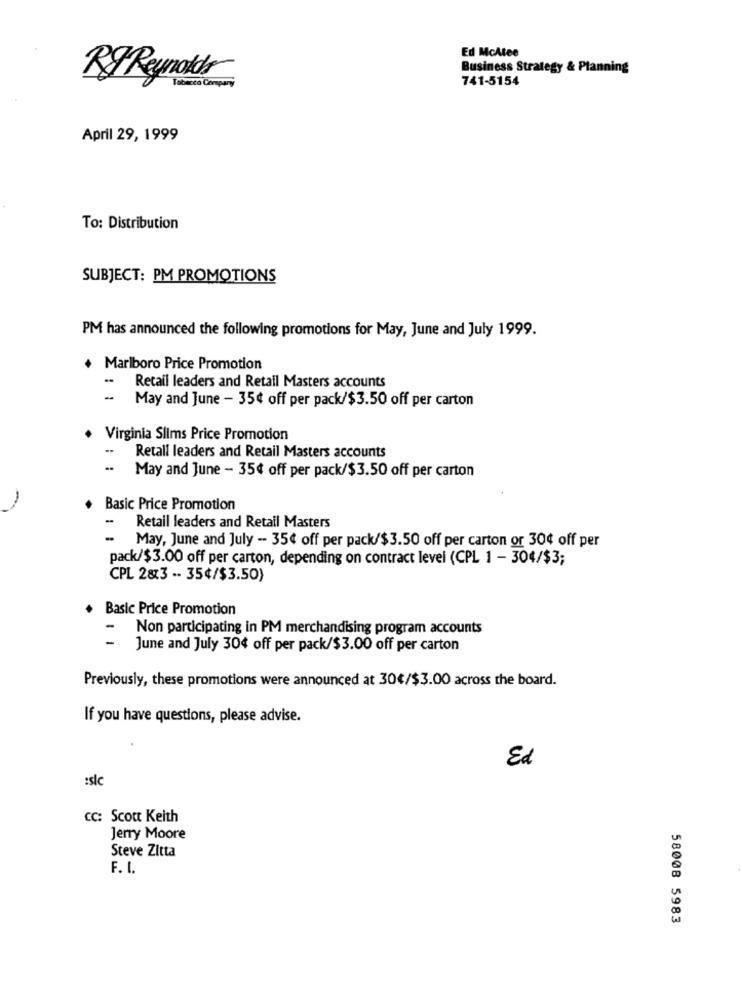
Ed McAtee
Business Strategy & Planning
741-5154
April 29, 1999
To: Distribution
SUBJECT: PM PROMOTIONS
PM has announced the following promotions for May, June and July 1999.
Marlboro Price Promotion
Retail leaders and Retail Masters accounts
May and June - 35¢ off per pack/$3.50 off per carton
Virginia Slims Price Promotion
Retall leaders and Retail Masters accounts
May and June - 35¢ off per pack/$ 3.50 off per carton
Basic Price Promotion
-
Retail leaders and Retail Masters
-
May, June and July - 35¢ off per pack/$ 3.50 off per carton or 30¢ off per
pack/$ 3.00 off per carton, depending on contract level (CPL 1 - 304/$3;
CPL 2&3 -. 35¢/$3.50)
Basic Price Promotion
Non participating in PM merchandising program accounts
-
June and July 304 off per pack/$3.00 off per carton
Previously, these promotions were announced at 30€/$3.00 across the board.
If you have questions, please advise.
Ed
:slc
CC: Scott Keith
Jerry Moore
Steve Zitta
F. I.
58008 5983